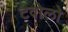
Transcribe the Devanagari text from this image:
टवोलो